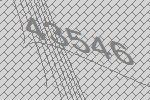
43546